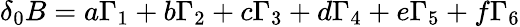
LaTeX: \delta_{0}B=a\Gamma_{1}+b\Gamma_{2}+c\Gamma_{3}+d\Gamma_{4}+e\Gamma_{5}+f\Gamma_{6}